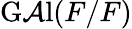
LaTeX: \operatorname{G\mathcal{A}l}(F/F)